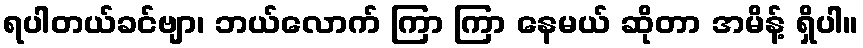
ရပါတယ်ခင်ဗျာ၊ ဘယ်လောက် ကြာ ကြာ နေမယ် ဆိုတာ အမိန့် ရှိပါ။